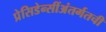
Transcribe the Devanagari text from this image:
प्रेसिडेन्सींअंतर्गतची